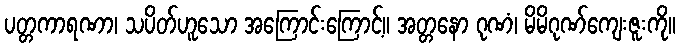
ပတ္တကာရဏာ၊ သပိတ်ဟူသော အကြောင်းကြောင့်။ အတ္တနော ဂုဏံ၊ မိမိဂုဏ်ကျေးဇူးကို။